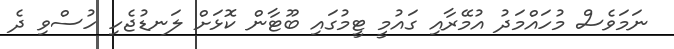
ނަމަވެސް މުހައްމަދު އުމޭރާއި ގައުމީ ޓީމުގައި ބޫޓާން ކޮޅަށް ލަނޑުޖެހި ހުސްވި ދެ